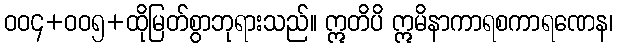
ဝဝ၄+ဝဝ၅+ထိုမြတ်စွာဘုရားသည်။ ဣတိပိ ဣမိနာကာရစကာရဏေန၊